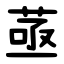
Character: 䓧